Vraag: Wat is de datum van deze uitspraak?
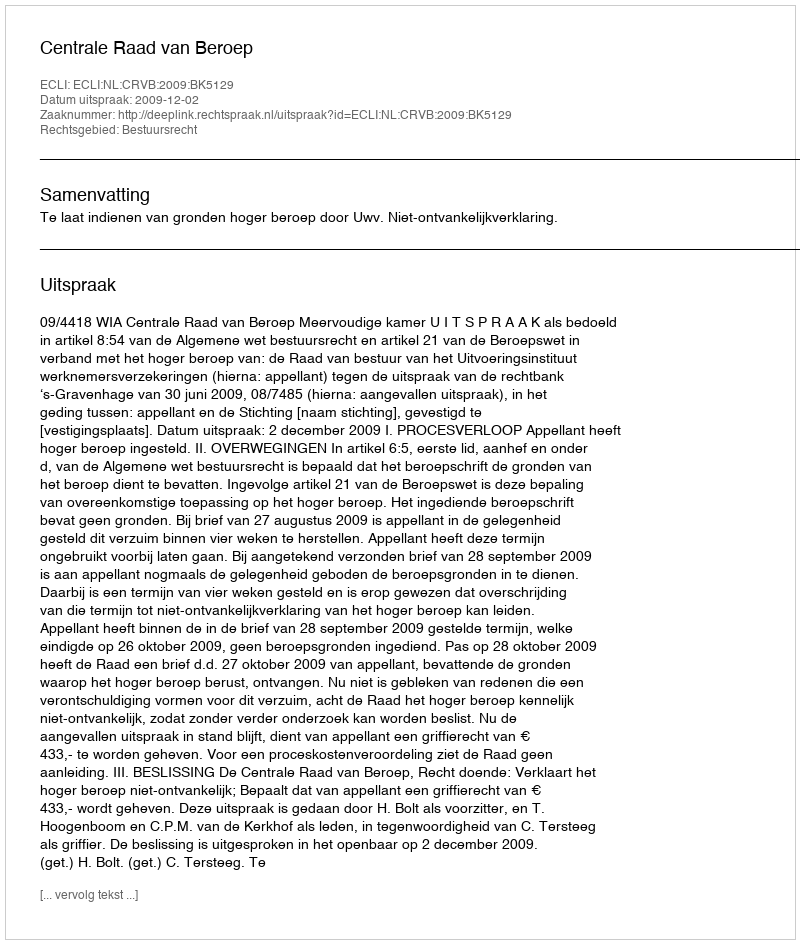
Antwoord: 2009-12-02